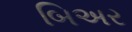
બિઅર